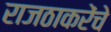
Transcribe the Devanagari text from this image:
राजठाकरेंचे